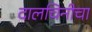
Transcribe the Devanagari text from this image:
दालचिनीचा